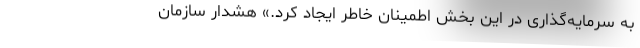
به سرمایه‌گذاری در این بخش اطمینان خاطر ایجاد کرد.» هشدار سازمان